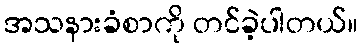
အသနားခံစာကို တင်ခဲ့ပါတယ်။